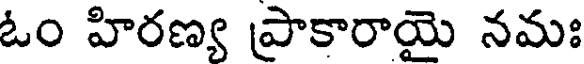
ఓం హిరణ్య ప్రాకారాయై నమః